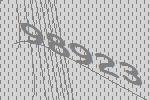
98923